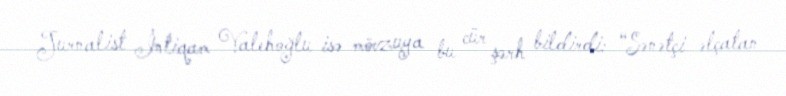
Jurnalist İntiqam Valehoğlu isə mövzuya bu cür şərh bildirdi: “Sənətçi əlçatan